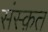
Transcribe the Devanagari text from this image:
संस्‍क़त